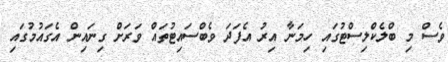
ވެސް މި ބްލެކްލިސްޓުގައި ހިމަނާ އިރު އެފަދަ ވެބްސައިޓުތައް ވަރަށް ގިނައިން އެގައުމުގައި